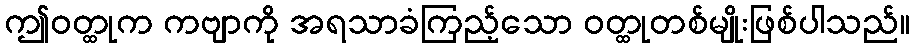
ဤဝတ္ထုက ကဗျာကို အရသာခံကြည့်သော ဝတ္ထုတစ်မျိုးဖြစ်ပါသည်။